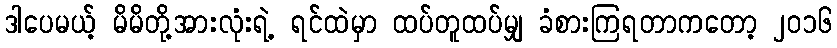
ဒါပေမယ့် မိမိတို့အားလုံးရဲ့ ရင်ထဲမှာ ထပ်တူထပ်မျှ ခံစားကြရတာကတော့ ၂၀၁၆